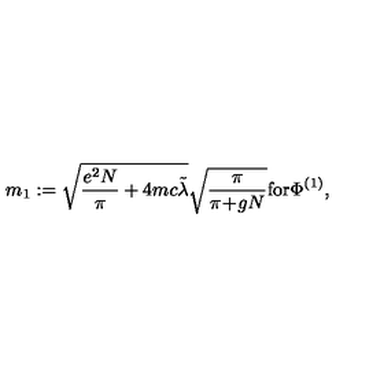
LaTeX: m _ { 1 } : = \sqrt { \frac { e ^ { 2 } N } { \pi } + 4 m c \tilde { \lambda } } \sqrt { \frac { \pi } { \pi \! + \! g N } } \mathrm { f o r } \Phi ^ { ( 1 ) } ,